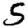
Digit: 5